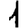
Digit: 1